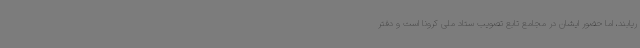
ریابند، اما حضور ایشان در مجامع تابع تصویب ستاد ملی کرونا است و دفتر